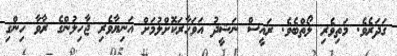
ޤަދަރެވެ. މަތިވެރި ލޯތްބެވެ. ރައީސް ނަޝީދު އަވަހާރަކޮށްލުމަށް އަނިޔާވެރި ޖާހިލުންގެ ރާވާ ހިންގި